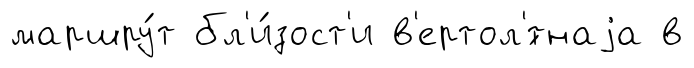
маршру́т бл'и́зост'и в'ертол'́тнаjа в